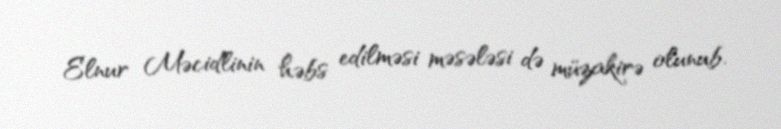
Elnur Məcidlinin həbs edilməsi məsələsi də müzakirə olunub.